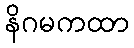
နိဂမကထာ